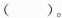
( )。